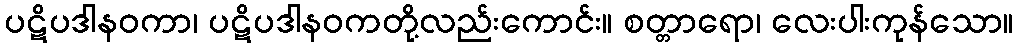
ပဋိပဒါနဝကာ၊ ပဋိပဒါနဝကတို့လည်းကောင်း။ စတ္တာရော၊ လေးပါးကုန်သော။